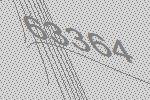
63364